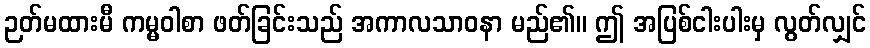
ဉတ်မထားမီ ကမ္မဝါစာ ဖတ်ခြင်းသည် အကာလသာဝနာ မည်၏။ ဤ အပြစ်ငါးပါးမှ လွတ်လျှင်